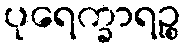
ပုရေက္ခာရဉ္စ